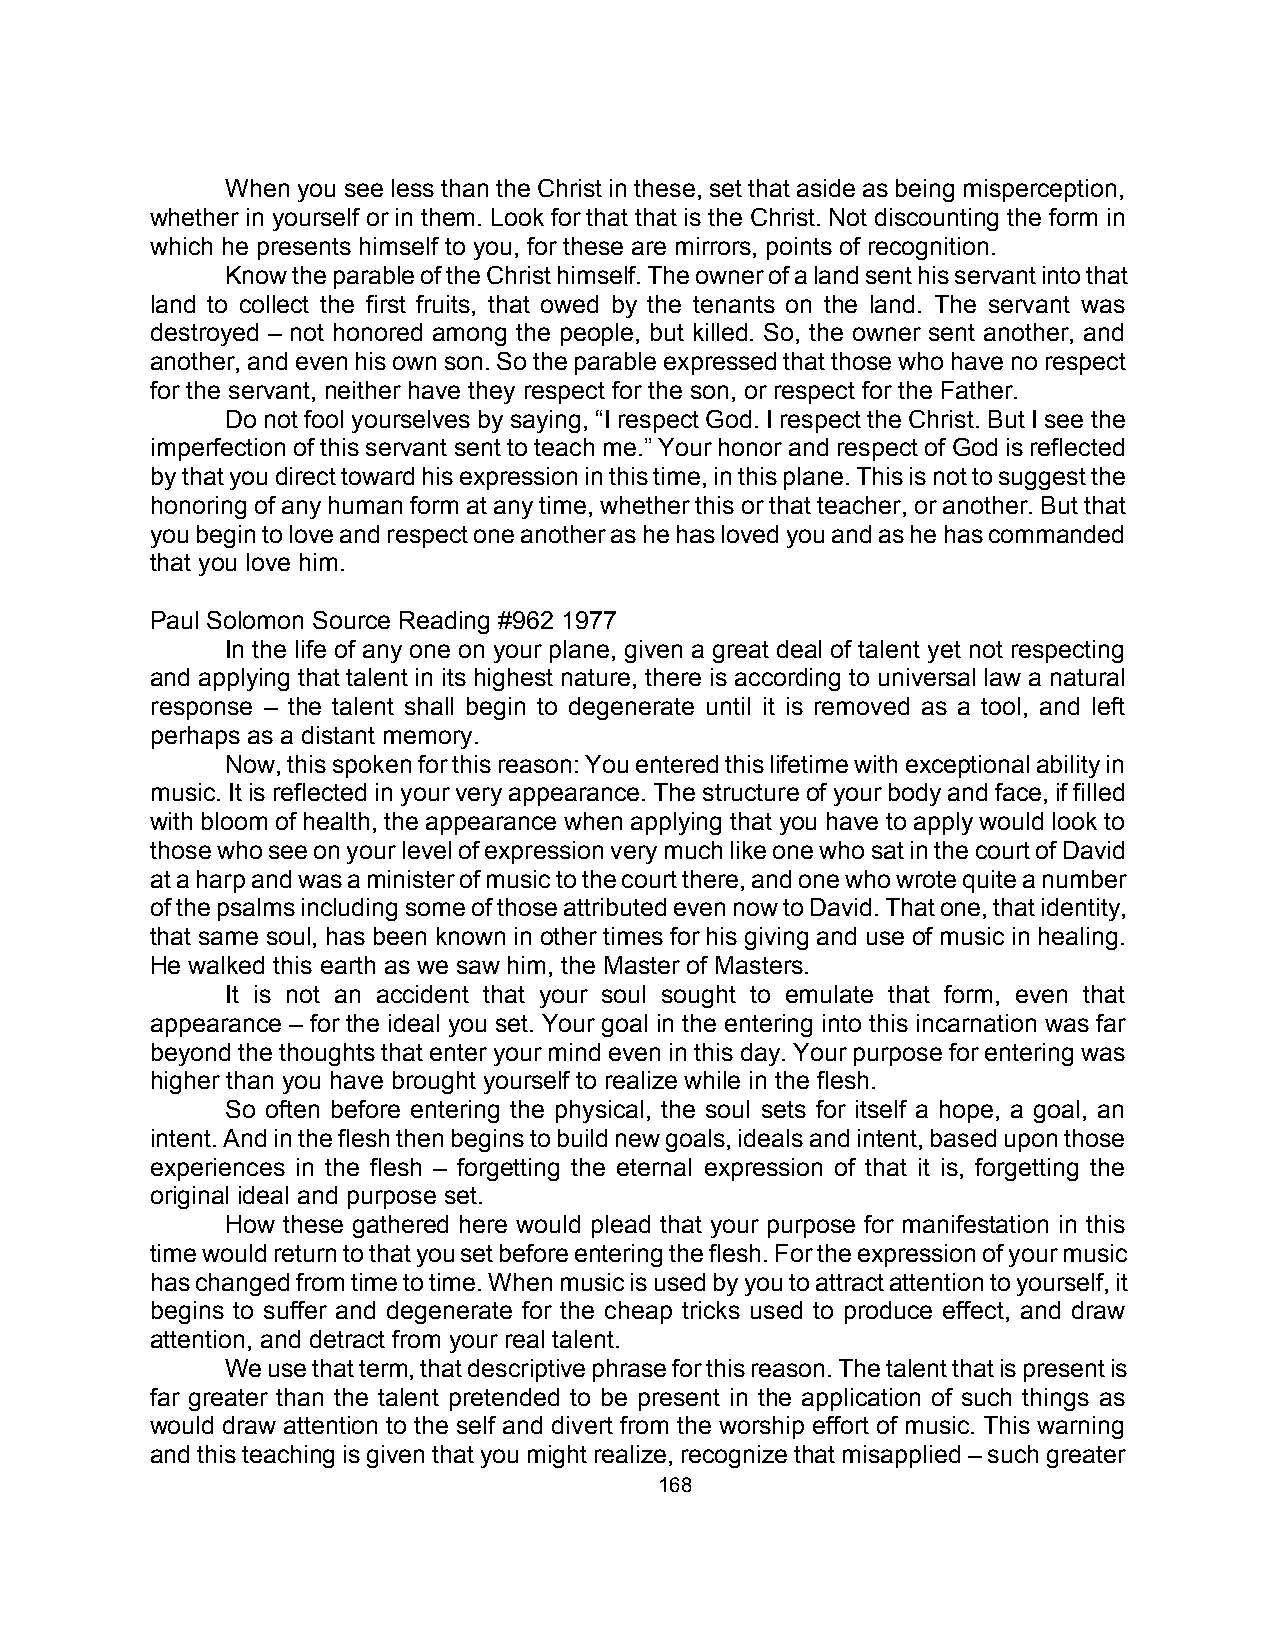
When you see less than the Christ in these, set that aside as being misperception,
 whether in yourself or in them. Look for that that is the Christ. Not discounting the form in
 which he presents himself to you, for these are mirrors, points of recognition.
 Know the parable of the Christ himself. The owner of a land sent his servant into that
 land to collect the first fruits, that owed by the tenants on the land. The servant was
 destroyed – not honored among the people, but killed. So, the owner sent another, and
 another, and even his own son. So the parable expressed that those who have no respect
 for the servant, neither have they respect for the son, or respect for the Father.
 Do not fool yourselves by saying, “I respect God. I respect the Christ. But I see the
 imperfection of this servant sent to teach me.” Your honor and respect of God is reflected
 by that you direct toward his expression in this time, in this plane. This is not to suggest the
 honoring of any human form at any time, whether this or that teacher, or another. But that
 you begin to love and respect one another as he has loved you and as he has commanded
 that you love him.
 Paul Solomon Source Reading #962 1977
 In the life of any one on your plane, given a great deal of talent yet not respecting
 and applying that talent in its highest nature, there is according to universal law a natural
 response – the talent shall begin to degenerate until it is removed as a tool, and left
 perhaps as a distant memory.
 Now, this spoken for this reason: You entered this lifetime with exceptional ability in
 music. It is reflected in your very appearance. The structure of your body and face, if filled
 with bloom of health, the appearance when applying that you have to apply would look to
 those who see on your level of expression very much like one who sat in the court of David
 at a harp and was a minister of music to the court there, and one who wrote quite a number
 of the psalms including some of those attributed even now to David. That one, that identity,
 that same soul, has been known in other times for his giving and use of music in healing.
 He walked this earth as we saw him, the Master of Masters.
 It is not an accident that your soul sought to emulate that form, even that
 appearance – for the ideal you set. Your goal in the entering into this incarnation was far
 beyond the thoughts that enter your mind even in this day. Your purpose for entering was
 higher than you have brought yourself to realize while in the flesh.
 So often before entering the physical, the soul sets for itself a hope, a goal, an
 intent. And in the flesh then begins to build new goals, ideals and intent, based upon those
 experiences in the flesh – forgetting the eternal expression of that it is, forgetting the
 original ideal and purpose set.
 How these gathered here would plead that your purpose for manifestation in this
 time would return to that you set before entering the flesh. For the expression of your music
 has changed from time to time. When music is used by you to attract attention to yourself, it
 begins to suffer and degenerate for the cheap tricks used to produce effect, and draw
 attention, and detract from your real talent.
 We use that term, that descriptive phrase for this reason. The talent that is present is
 far greater than the talent pretended to be present in the application of such things as
 would draw attention to the self and divert from the worship effort of music. This warning
 and this teaching is given that you might realize, recognize that misapplied – such greater
 168